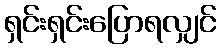
ရှင်းရှင်းပြောရလျှင်